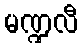
မဏ္ဍလီ